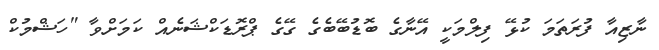
ނާޒިއާ ފުރަތަމަ ކުޅޭ ފިލްމަކީ އޭނާގެ ބޮޑުބޭބެގެ ގޭގެ ޕްރޮޑަކްޝަނެއް ކަމަށްވާ "ހަޝްމުކް